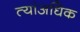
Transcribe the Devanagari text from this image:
त्यांअधिक